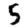
Digit: 5